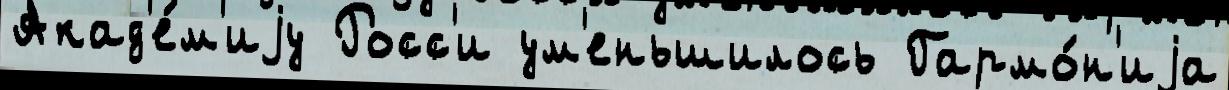
Акад'е́м'иjу Росс'и ум'еньшилось Гармо́н'иjа